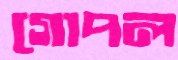
গোপল